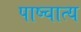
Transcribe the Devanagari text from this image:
पाष्चात्य